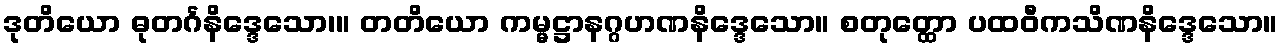
ဒုတိယော ဓုတင်္ဂနိဒ္ဒေသော၊။ တတိယော ကမ္မဋ္ဌာနဂ္ဂဟဏနိဒ္ဒေသော။ စတုတ္ထော ပထဝီကသိဏနိဒ္ဒေသော။